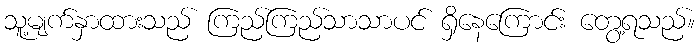
သူ့မျက်နှာထားသည် ကြည်ကြည်သာသာပင် ရှိနေကြောင်း တွေ့ရသည်။